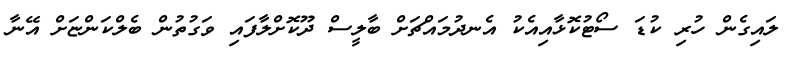
ލައިގެން ހުރި ކުޑަ ސޯޓުކޮޅާއިއެކު އެނދުމައްޗަށް ބާލީސް ދޫކޮށްލާފައި ވަގުތުން ބެލްކަންޏަށް އޭނާ